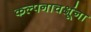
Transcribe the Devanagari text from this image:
कल्पनाचक्षूंना